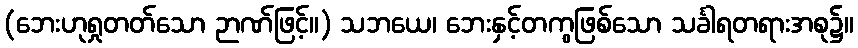
(ဘေးဟုရှုတတ်သော ဉာဏ်ဖြင့်။) သဘယေ၊ ဘေးနှင့်တကွဖြစ်သော သင်္ခါရတရားအစု၌။